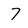
Character: 7